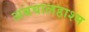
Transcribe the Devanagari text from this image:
अबवालहाश्म